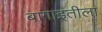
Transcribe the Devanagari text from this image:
बागाइतीला